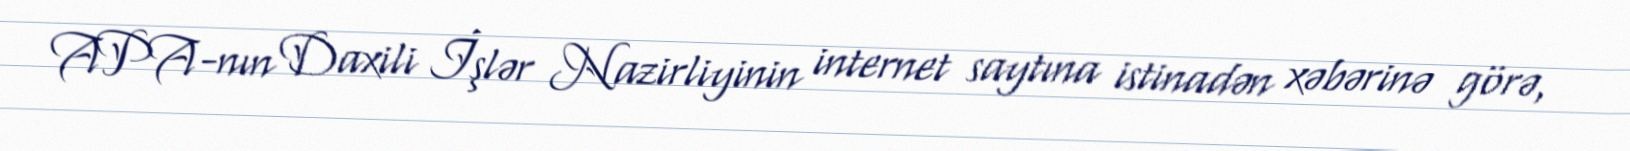
APA-nın Daxili İşlər Nazirliyinin internet saytına istinadən xəbərinə görə,